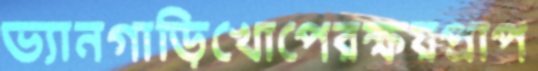
ভ্যানগাড়িখোপেরক্ষয়প্রাপ